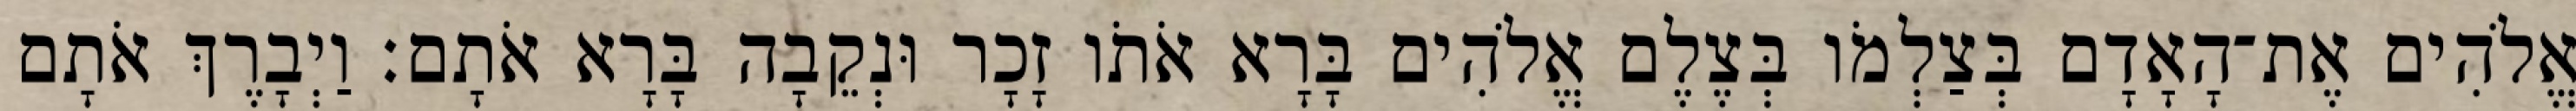
אֱלֹהִים אֶת־הָאָדָם בְּצַלְמֹו בְּצֶלֶם אֱלֹהִים בָּרָא אֹתֹו זָכָר וּנְקֵבָה בָּרָא אֹתָם׃ וַיְבָרֶךְ אֹתָם